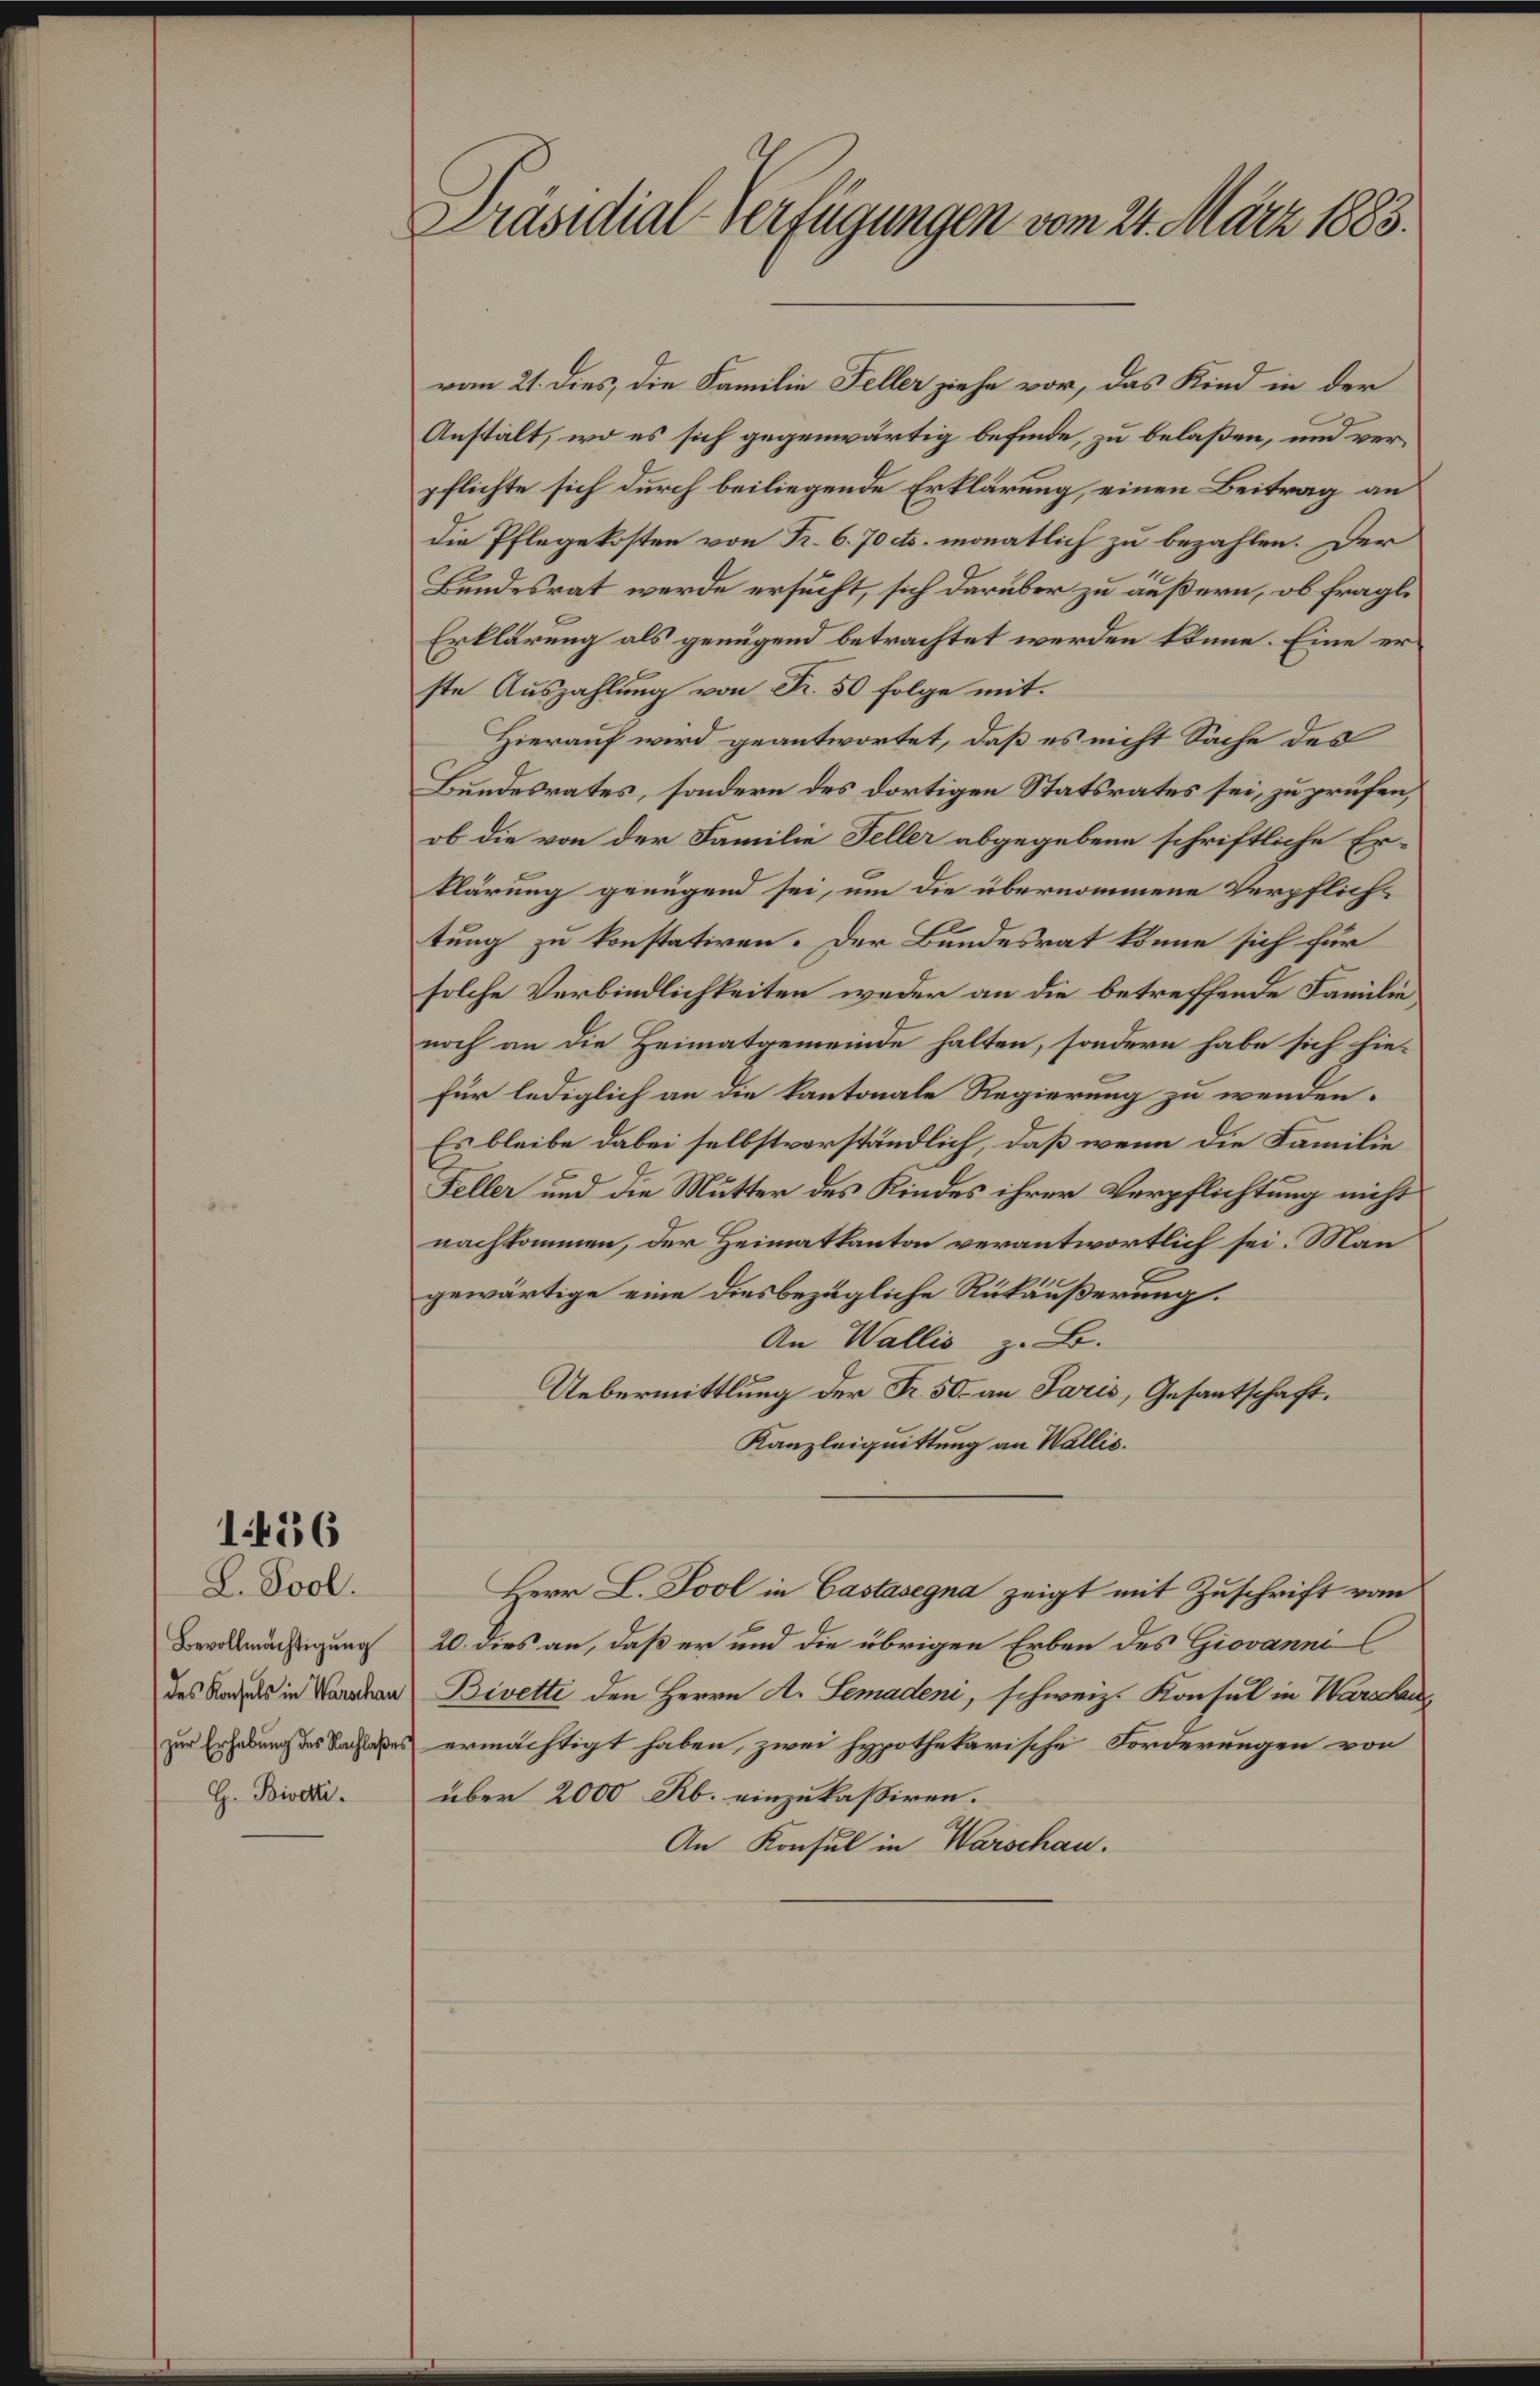
Präsidial-Verfügungen vom 24. März 1883.
vom 21. dies, die Familie Feller ziehe vor, das Kind in der
Anstalt, wo es sich gegenwärtig befinde, zu belaßen, und ver¬
pflichte sich durch beiliegende Erklärung, einen Beitrag an
die Pflegekosten von Fr. 6.70 cts. monatlich zu bezahlen. Der
Bundesrat werde ersucht, sich darüber zu äußern, ob fragl.
Erklärung als genügend betrachtet werden könne. Eine er¬
ste Auszahlung von Fr. 50 folge mit.
Hierauf wird geantwortet, daß es nicht Sache des
Bundesrates, sondern des dortigen Statsrates sei, zu prüfen,
ob die von der Familie Feller abgegebene schriftliche Er¬
klärung genügend sei, um die übernommene Verpflich¬
tung zu konstatiren. Der Bundesrat könne sich für
solche Verbindlichkeiten weder an die betreffende Familie,
noch an die Heimatgemeinde halten, sondern habe sich hie¬
für lediglich an die kantonale Regierung zu wenden.
Es bleibe dabei selbstverständlich, daß wenn die Familie
Feller und die Mutter des Kindes ihrer Verpflichtung nicht
nachkommen, der Heimatkanton verantwortlich sei. Man
gewärtige eine diesbezügliche Rükäußerung.
An Wallis z. B.
Uebermittlung der Fr. 50 an Paris, Gesantschaft.
Kanzleiquittung an Wallis.
1486
L. Pool.
Bevollmächtigung
des Konsuls in Warschau
zur Erhebung des Nachlaßes
G. Bivetti.
Herr L. Pool in Castasegna zeigt mit Zuschrift vom
20. dies an, daß er und die übrigen Erben des Giovanni
Bivetti den Herrn A. Semadeni, schweiz. Konsul in Warschau,
ermächtigt haben, zwei hypothekarische Forderungen von
über 2000 Rb. einzukassiren.
An Konsul in Warschau.